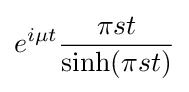
e^{i\mu t}{\frac {\pi st}{\sinh(\pi st)}}